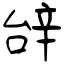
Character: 辝